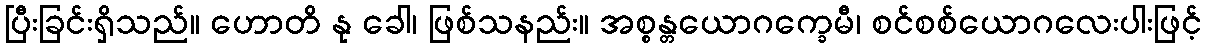
ပြီးခြင်းရှိသည်။ ဟောတိ နု ခေါ၊ ဖြစ်သနည်း။ အစ္စန္တယောဂက္ခေမီ၊ စင်စစ်ယောဂလေးပါးဖြင့်